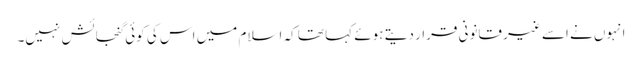
انہوں نے اسے غیر قانونی قرار دیتے ہوئے کہا تھا کہ اسلام میں اس کی کوئی گنجائش نہیں۔